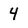
Character: 4